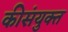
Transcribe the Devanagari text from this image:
कीसंयुक्त